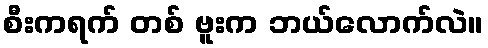
စီးကရက် တစ် ဗူးက ဘယ်လောက်လဲ။